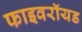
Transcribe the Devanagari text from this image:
फाइवरॉयड